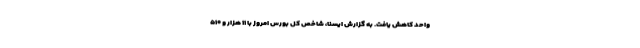
واحد کاهش یافت. به گزارش ایسنا، شاخص کل بورس امروز با ۱۱ هزار و ۵۱۰